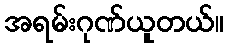
အရမ်းဂုဏ်ယူတယ်။